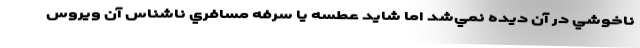
ناخوشي در آن ديده نمي‌شد اما شايد عطسه يا سرفه مسافري ناشناس آن ويروس